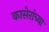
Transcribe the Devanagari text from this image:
कासेरांच्या